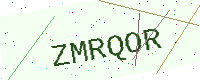
Text: ZMRQOR